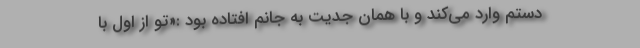
دستم وارد می‌کند و با همان جدیت به جانم افتاده بود :«تو از اول با